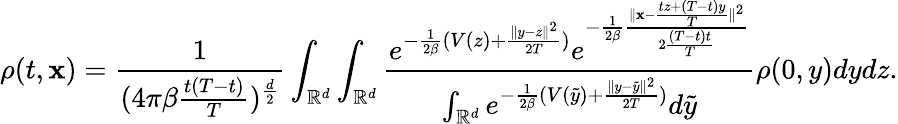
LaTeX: \rho(t,\mathbf{x})=\frac{{1}}{{{(4\pi\beta\frac{{t(T-t)}}{{T}}})^{\frac{{d}}{{2}}}}}\int_{\mathbb{{R}}^{d}}\int_{\mathbb{{R}}^{d}}\frac{{e^{-\frac{{1}}{{2\beta}}(V(z)+\frac{{\| y-z\| ^{2}}}{{2T}})}e^{-\frac{{1}}{{2\beta}}\frac{{\| \mathbf{x}-\frac{{tz+(T-t)y}}{{T}}\| ^{2}}}{{2\frac{{(T-t)t}}{{T}}}}}}}{{\int_{\mathbb{{R}}^{d}}e^{-\frac{{1}}{{2\beta}}(V(\tilde{{y}})+\frac{{\| y-\tilde{{y}}\| ^{2}}}{{2T}})}d\tilde{{y}}}}\rho(0,y)dydz.